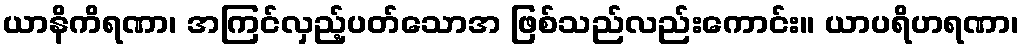
ယာနိကိရဏာ၊ အကြင်လှည့်ပတ်သောအ ဖြစ်သည်လည်းကောင်း။ ယာပရိဟရဏာ၊